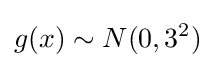
g(x)\sim N(0,3^{2})